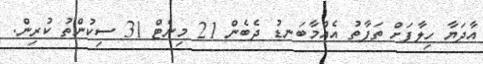
އާދަޔާ ހިލާފަށް ތަފާތު އެއްމާބަނޑު ދެބެން 21 މިނެޓް 31 ސިކުންތު ކުރިން.